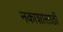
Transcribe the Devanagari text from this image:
नकाशासाठी